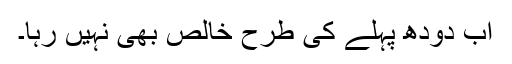
اب دودھ پہلے کی طرح خالص بھی نہیں رہا۔